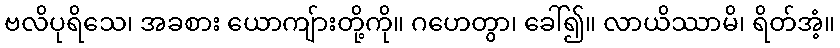
ဗလိပုရိသေ၊ အခစား ယောကျ်ားတို့ကို။ ဂဟေတွာ၊ ခေါ်၍။ လာယိဿာမိ၊ ရိတ်အံ့။